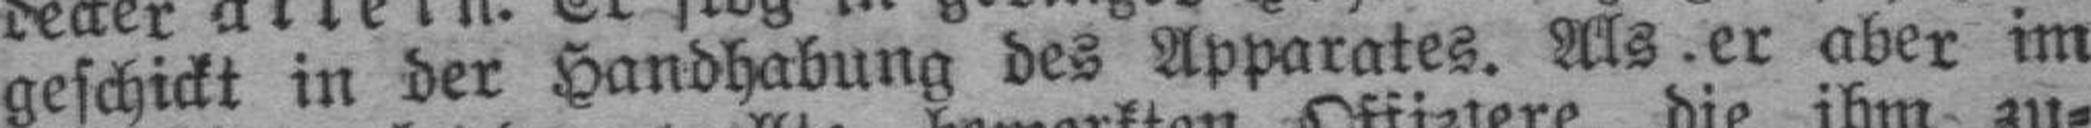
geschickt in der Handhabung des Apparates. Als er aber im